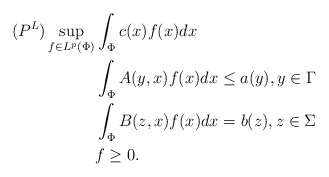
\begin{align*}(P^L) \sup_{f\in L^p(\Phi)} & \int_{\Phi} c(x)f(x)dx \\ & \int_{\Phi} A(y, x)f(x)dx \leq a(y), y\in \Gamma \\ & \int_{\Phi} B(z, x)f(x)dx = b(z), z\in \Sigma \\ & f \geq 0. \end{align*}